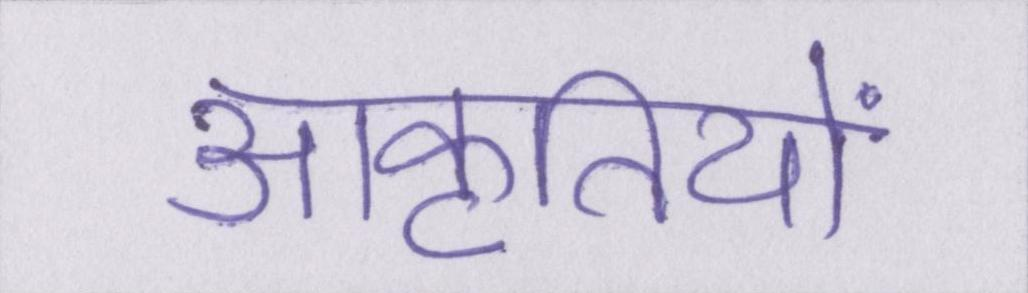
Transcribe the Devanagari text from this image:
आकृतियों